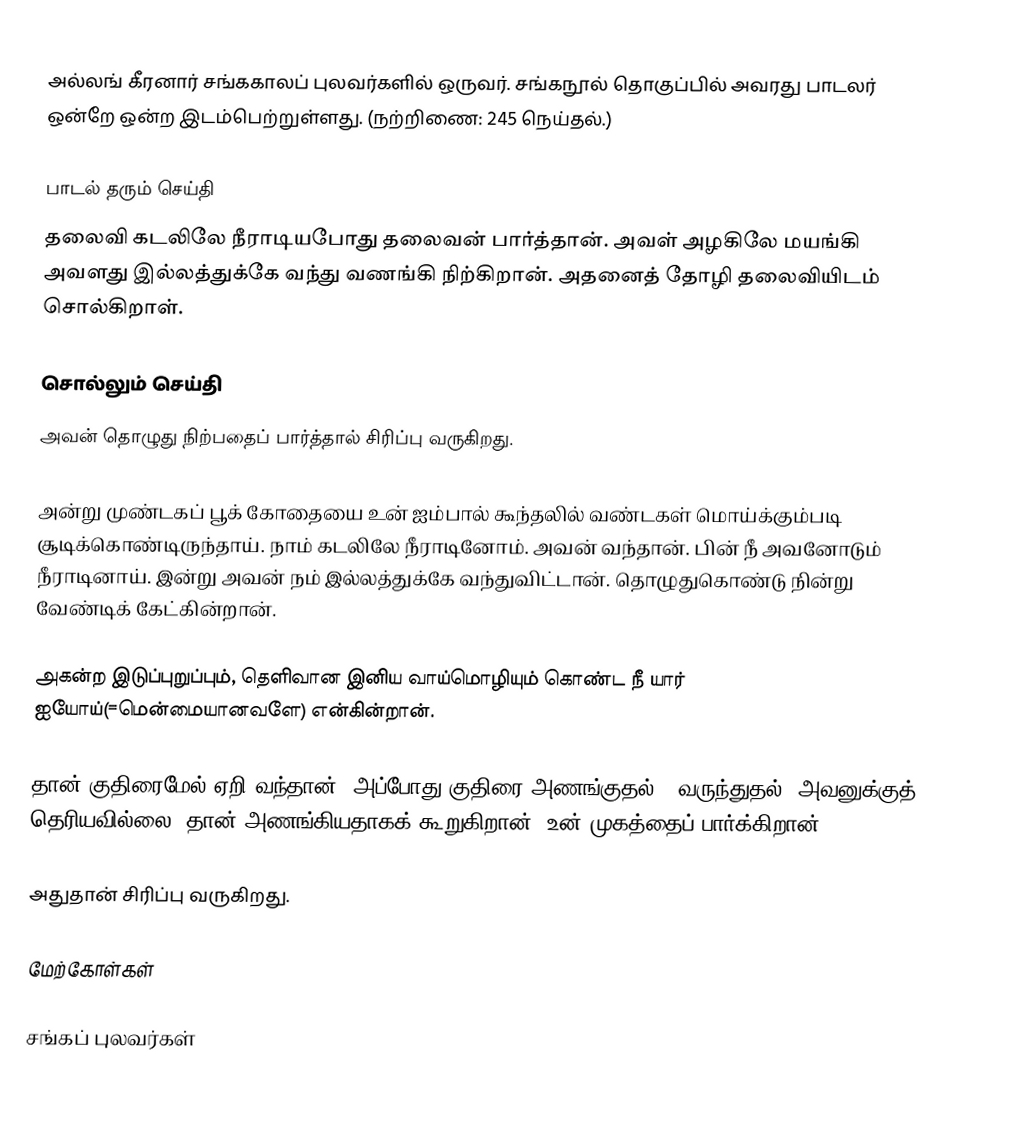
அல்லங் கீரனார் சங்ககாலப் புலவர்களில் ஒருவர். சங்கநூல் தொகுப்பில் அவரது பாடலர் ஒன்றே ஒன்ற இடம்பெற்றுள்ளது. (நற்றிணை: 245 நெய்தல்.)

பாடல் தரும் செய்தி
தலைவி கடலிலே நீராடியபோது தலைவன் பார்த்தான். அவள் அழகிலே மயங்கி அவளது இல்லத்துக்கே வந்து வணங்கி நிற்கிறான். அதனைத் தோழி தலைவியிடம் சொல்கிறாள்.

சொல்லும் செய்தி
அவன் தொழுது நிற்பதைப் பார்த்தால் சிரிப்பு வருகிறது.

அன்று முண்டகப் பூக் கோதையை உன் ஐம்பால் கூந்தலில் வண்டகள் மொய்க்கும்படி சூடிக்கொண்டிருந்தாய். நாம் கடலிலே நீராடினோம். அவன் வந்தான். பின் நீ அவனோடும் நீராடினாய். இன்று அவன் நம் இல்லத்துக்கே வந்துவிட்டான். தொழுதுகொண்டு நின்று வேண்டிக் கேட்கின்றான்.

அகன்ற இடுப்புறுப்பும், தெளிவான இனிய வாய்மொழியும் கொண்ட நீ யார் ஐயோய்(=மென்மையானவளே) என்கின்றான்.

தான் குதிரைமேல் ஏறி வந்தான். அப்போது குதிரை அணங்குதல்(= வருந்துதல்) அவனுக்குத் தெரியவில்லை. தான் அணங்கியதாகக் கூறுகிறான். உன் முகத்தைப் பார்க்கிறான்.

அதுதான் சிரிப்பு வருகிறது.

மேற்கோள்கள்

சங்கப் புலவர்கள்